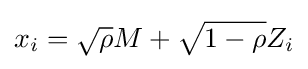
x_{i}={\sqrt {\rho }}M+{\sqrt {1-\rho }}Z_{i}